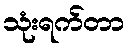
သုံးရက်တာ